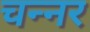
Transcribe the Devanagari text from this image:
चन्नर